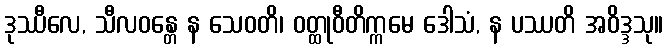
ဒုဿီလေ, သီလဝန္တေ န သေဝတိ၊ ဝတ္ထုဝီတိက္ကမေ ဒေါသံ, န ပဿတိ အဝိဒ္ဒသု။